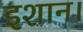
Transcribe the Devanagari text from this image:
इशान।